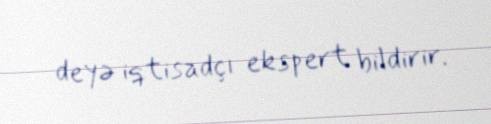
deyə iqtisadçı ekspert bildirir.